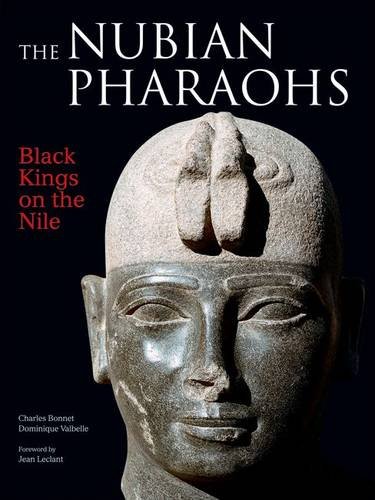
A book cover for The Nubian Pharaohs: Black Kings on the Nile; Charles Bonnet; History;